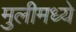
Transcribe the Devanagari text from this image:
मुलीमध्ये